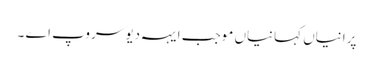
پرانیاں کہانیاں موجب ایہہ دیوَ سروپ اے ۔